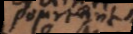
pourtant